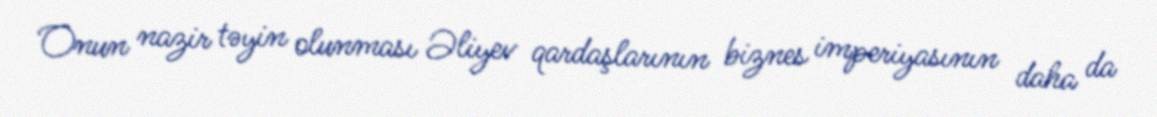
Onun nazir təyin olunması Əliyev qardaşlarının biznes imperiyasının daha da